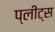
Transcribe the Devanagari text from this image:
प्लीट्स